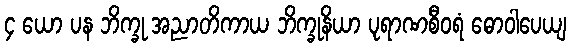
၄ ယော ပန ဘိက္ခု အညာတိကာယ ဘိက္ခုနိယာ ပုရာဏစီဝရံ ဓောဝါပေယျ